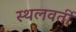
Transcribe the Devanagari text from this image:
स्थलवर्ती